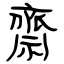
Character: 齋